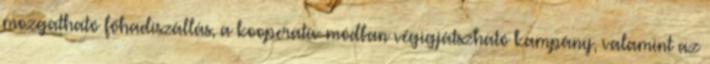
mozgatható főhadiszállás, a kooperatív módban végigjátszható kampány, valamint az